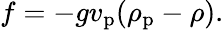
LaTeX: f=-gv_{\mathrm{p}}(\rho_{\mathrm{p}}-\rho).